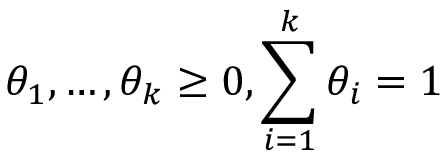
\theta _ { 1 } , \ldots , \theta _ { k } \geq 0 , \sum _ { i = 1 } ^ { k } \theta _ { i } = 1